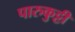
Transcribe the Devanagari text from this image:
पारुकुट्टी